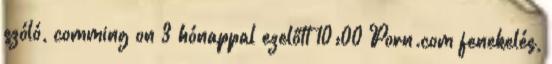
szóló, comming on 3 hónappal ezelőtt 10:00 Porn.com fenekelés,